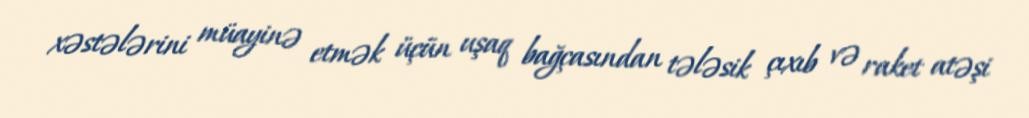
xəstələrini müayinə etmək üçün uşaq bağçasından tələsik çıxıb və raket atəşi